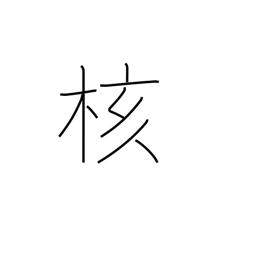
Meaning: core